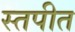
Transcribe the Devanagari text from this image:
स्तपीत